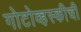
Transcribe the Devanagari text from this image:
गोटोव्हस्कीची